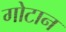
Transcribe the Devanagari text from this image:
गोटान